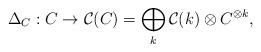
LaTeX: \begin{align*}\Delta_C: C\to \mathcal{C}(C)=\bigoplus_k \mathcal{C}(k)\otimes C^{\otimes k},\end{align*}